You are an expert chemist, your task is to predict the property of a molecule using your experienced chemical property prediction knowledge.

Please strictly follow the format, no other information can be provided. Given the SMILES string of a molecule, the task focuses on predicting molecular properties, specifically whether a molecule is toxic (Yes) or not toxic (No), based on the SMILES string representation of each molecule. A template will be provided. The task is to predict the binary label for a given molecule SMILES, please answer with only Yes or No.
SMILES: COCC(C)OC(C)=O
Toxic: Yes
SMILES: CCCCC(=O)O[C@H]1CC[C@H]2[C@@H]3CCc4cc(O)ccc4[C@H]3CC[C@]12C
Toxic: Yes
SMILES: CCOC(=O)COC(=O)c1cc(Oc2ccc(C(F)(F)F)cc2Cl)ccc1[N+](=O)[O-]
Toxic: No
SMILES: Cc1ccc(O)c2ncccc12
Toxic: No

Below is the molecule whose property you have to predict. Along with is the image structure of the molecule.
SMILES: O=c1cc(O)c(Cl)c[nH]1
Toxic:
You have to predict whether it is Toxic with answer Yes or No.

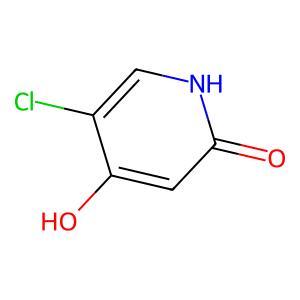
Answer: No